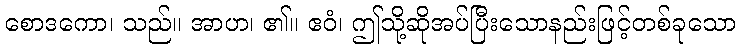
စောဒကော၊ သည်။ အာဟ၊ ၏။ ဧဝံ၊ ဤသို့ဆိုအပ်ပြီးသောနည်းဖြင့်တစ်ခုသော